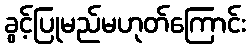
ခွင့်ပြုမည်မဟုတ်ကြောင်း